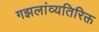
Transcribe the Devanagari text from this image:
गझलांव्यतिरिक्त